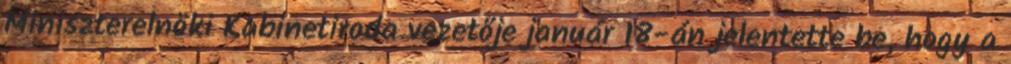
Miniszterelnöki Kabinetiroda vezetője január 18-án jelentette be, hogy a